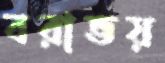
বরাভয়